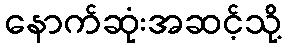
နောက်ဆုံးအဆင့်သို့